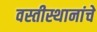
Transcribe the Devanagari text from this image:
वस्तीस्थानांचे